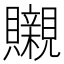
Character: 䞋